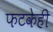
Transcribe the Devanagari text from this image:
फटकेही